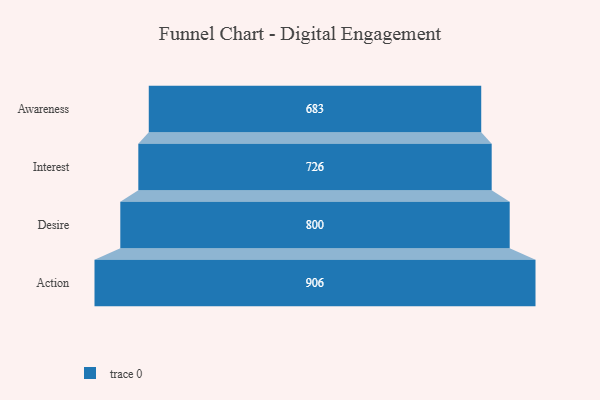
{"axis": {"x": "Stage", "y": "Value"}, "legend": [""], "data": [{"x": "Awareness", "y": 683.0, "type": ""}, {"x": "Interest", "y": 726.0, "type": ""}, {"x": "Desire", "y": 800.0, "type": ""}, {"x": "Action", "y": 906.0, "type": ""}]}